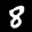
Label: 8